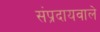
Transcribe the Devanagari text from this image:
संप्रदायवाले